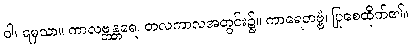
ဝါ၊ ရမှသာ။ ကာလဗ္ဘန္တရေ၊ တလကာလအတွင်း၌။ ကာရေတဗ္ဗံ၊ ပြုစေထိုက်၏။